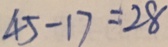
4 5 - 1 7 = 2 8